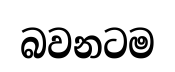
බවනටම